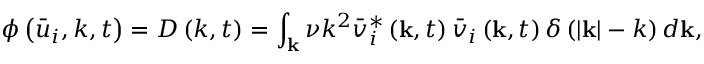
\phi \left( { { { \bar { u } } _ { i } } , k , t } \right) = { D } \left( { k , t } \right) = \int _ { \bf { k } } { \nu { k ^ { 2 } } \bar { v } _ { i } ^ { * } \left( { { \bf { k } } , t } \right) { { \bar { v } } _ { i } } \left( { { \bf { k } } , t } \right) \delta \left( { \left| { \bf { k } } \right| - k } \right) d { \bf { k } } } ,